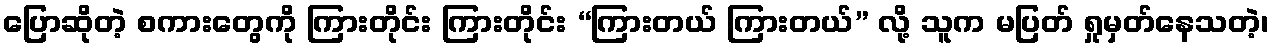
ပြောဆိုတဲ့ စကားတွေကို ကြားတိုင်း ကြားတိုင်း “ကြားတယ် ကြားတယ်” လို့ သူက မပြတ် ရှုမှတ်နေသတဲ့၊